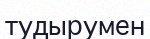
тудырумен